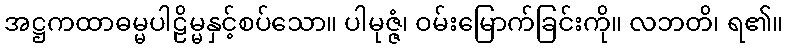
အဋ္ဌကထာဓမ္မပါဠိမ္မနှင့်စပ်သော။ ပါမုဇ္ဇံ၊ ဝမ်းမြောက်ခြင်းကို။ လဘတိ၊ ရ၏။